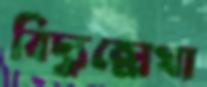
বিদ্যুল্লেখা